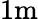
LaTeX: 1\textrm{m}